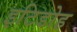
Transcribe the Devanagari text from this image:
इटिडोह